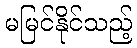
မမြင်နိုင်သည့်